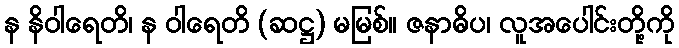
န နိဝါရေတိ၊ န ဝါရေတိ (ဆဋ္ဌ) မမြစ်။ ဇနာဓိပ၊ လူအပေါင်းတို့ကို